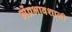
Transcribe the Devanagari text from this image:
मेंप्रभावशाली